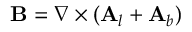
\mathbf { B } = \nabla \times ( \mathbf { A } _ { l } + \mathbf { A } _ { b } )